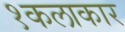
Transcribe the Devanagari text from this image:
१कलाकार